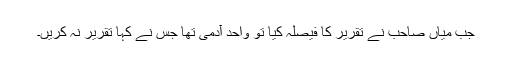
جب میاں صاحب نے تقریر کا فیصلہ کیا تو واحد آدمی تھا جس نے کہا تقریر نہ کریں۔